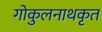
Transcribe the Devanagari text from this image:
गोकुलनाथकृत